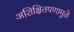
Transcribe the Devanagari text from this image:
अशिक्षितपणामुळे